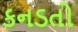
કનડતો